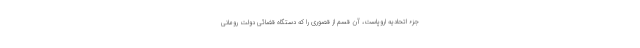
جزء اتحادیه اروپاست، آن قسم از قصوری را که دستگاه قضائی دولت رومانی